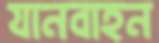
যানবাহন